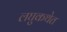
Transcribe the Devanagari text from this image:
लघुकथेत